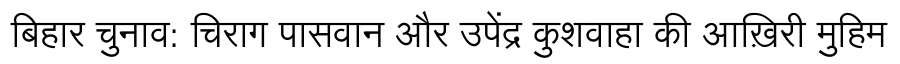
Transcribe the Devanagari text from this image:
बिहार चुनाव: चिराग पासवान और उपेंद्र कुशवाहा की आख़िरी मुहिम